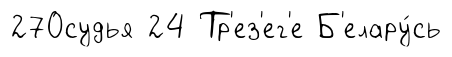
270судья 24 Тр'ез'ег'е Б'елару́сь